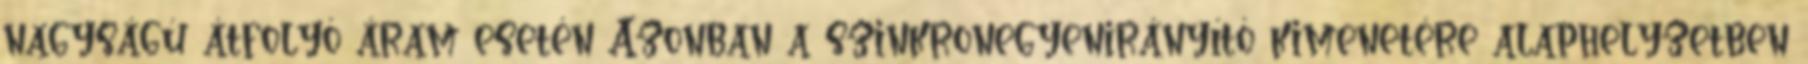
nagyságú átfolyó áram esetén Azonban a szinkronegyenirányító kimenetére alaphelyzetben